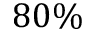
8 0 \%